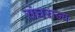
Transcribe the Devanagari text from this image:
संघराज्‍य